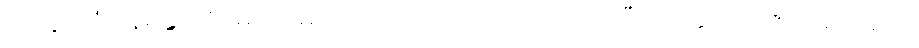
တကွ။ တံဝါနရိန္ဒံ၊ ထိုမျောက်မင်းကို။ ဃာတေသိ၊ သတ်လေပြီ။ တတ္ထပိ၊ ထိုဇာတ်၌လည်း။